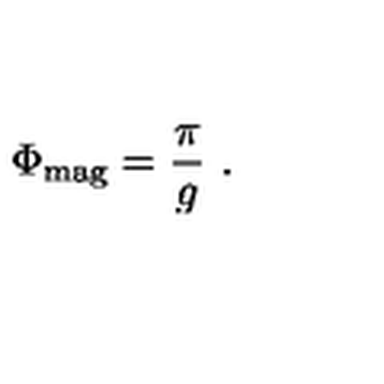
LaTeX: \Phi _ { \mathrm { m a g } } = \frac { \pi } { g } \ .